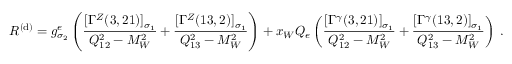
{ \cal R } ^ { ( \mathrm { d } ) } = g _ { \sigma _ { 2 } } ^ { e } \left( \frac { [ \Gamma ^ { Z } ( 3 , 2 1 ) ] _ { \sigma _ { 1 } } } { Q _ { 1 2 } ^ { 2 } - M _ { W } ^ { 2 } } + \frac { [ \Gamma ^ { Z } ( 1 3 , 2 ) ] _ { \sigma _ { 1 } } } { Q _ { 1 3 } ^ { 2 } - M _ { W } ^ { 2 } } \right) + x _ { W } Q _ { e } \left( \frac { [ \Gamma ^ { \gamma } ( 3 , 2 1 ) ] _ { \sigma _ { 1 } } } { Q _ { 1 2 } ^ { 2 } - M _ { W } ^ { 2 } } + \frac { [ \Gamma ^ { \gamma } ( 1 3 , 2 ) ] _ { \sigma _ { 1 } } } { Q _ { 1 3 } ^ { 2 } - M _ { W } ^ { 2 } } \right) \; .